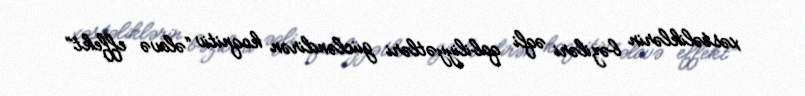
xəstəliklərin bəziləri əqli qabiliyyətləri gücləndirən koqnitiv “əlavə effekt”